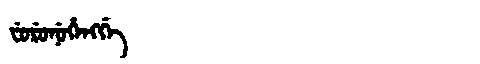
Manchu: ᠸᡠᡵᡠᠨᡠᡥᡝᠩᡤᡝ
Romanization: FURUNUHENGGE